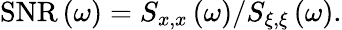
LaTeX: \mathrm{SNR}\left(\omega\right)=S_{x,x}\left(\omega\right)/S_{\xi,\xi}\left(\omega\right).